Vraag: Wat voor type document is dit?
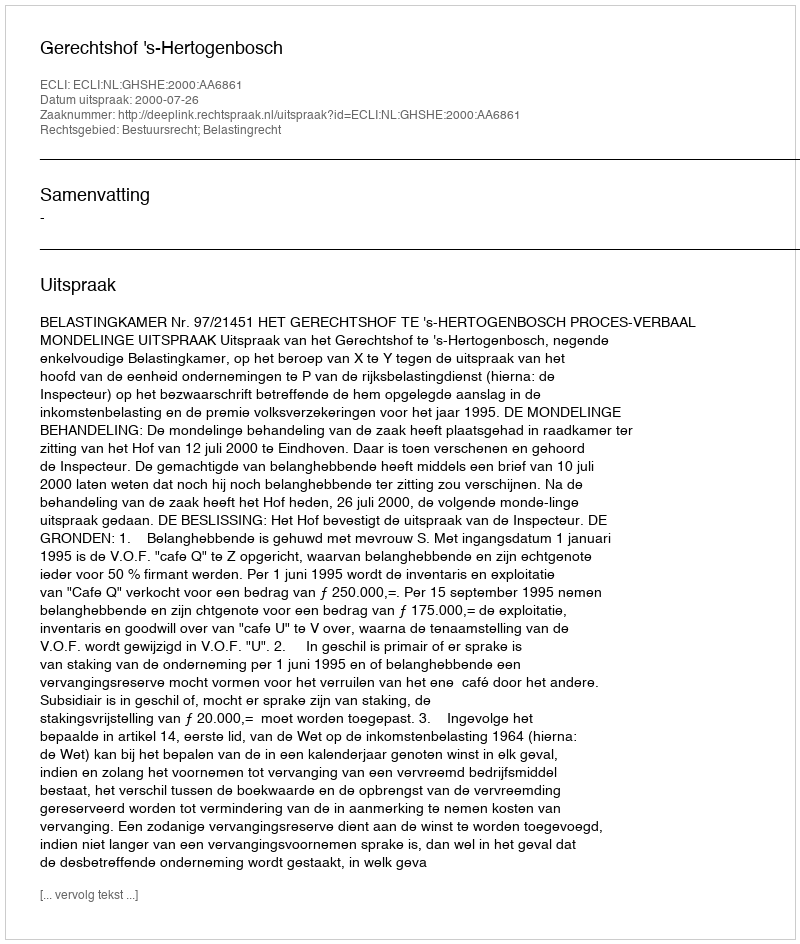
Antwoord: Uitspraak